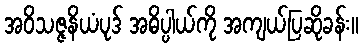
အဝိသဇ္ဇနိယံပုဒ် အဓိပ္ပါယ်ကို အကျယ်ပြဆိုခန်း။